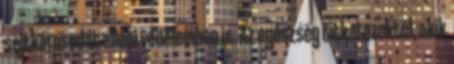
sejtkárosodás elleni védelemben is. Az egészség titkai azoktól, akik